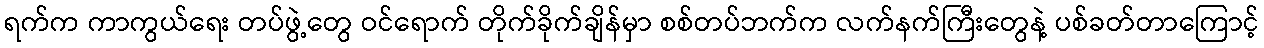
ရက်က ကာကွယ်ရေး တပ်ဖွဲ့တွေ ဝင်ရောက် တိုက်ခိုက်ချိန်မှာ စစ်တပ်ဘက်က လက်နက်ကြီးတွေနဲ့ ပစ်ခတ်တာကြောင့်